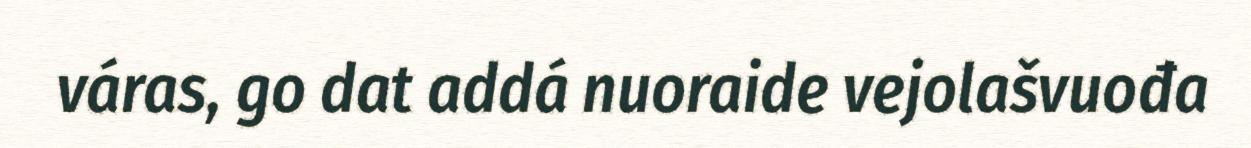
váras, go dat addá nuoraide vejolašvuođa